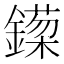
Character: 𬬈